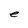
Character: e